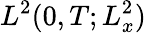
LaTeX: L^{2}(0,T;L_{x}^{2})